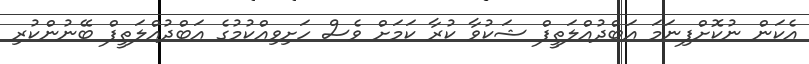
އެކަން ނުކޮށްފިނަމަ އަބްދުއްލަތީފް ޝަކުވާ ކުރާ ކަމަށް ވެސް ހަށިވިއްކުމުގެ އަބްދުއްލަތީފް ބޭނުންކުރި